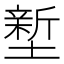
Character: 𭏻